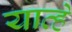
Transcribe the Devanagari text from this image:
याव्‍हे